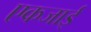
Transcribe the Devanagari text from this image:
एकजाई